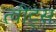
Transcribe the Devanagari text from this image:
त्वीट्स